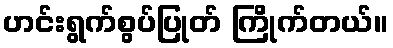
ဟင်းရွက်စွပ်ပြုတ် ကြိုက်တယ်။